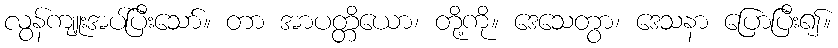
လွန်ကျူးအပ်ပြီးသော်။ တာ အာပတ္တိယော၊ တို့ကို။ ဒေသေတွာ၊ ဒေသနာ ပြောပြီး၍။